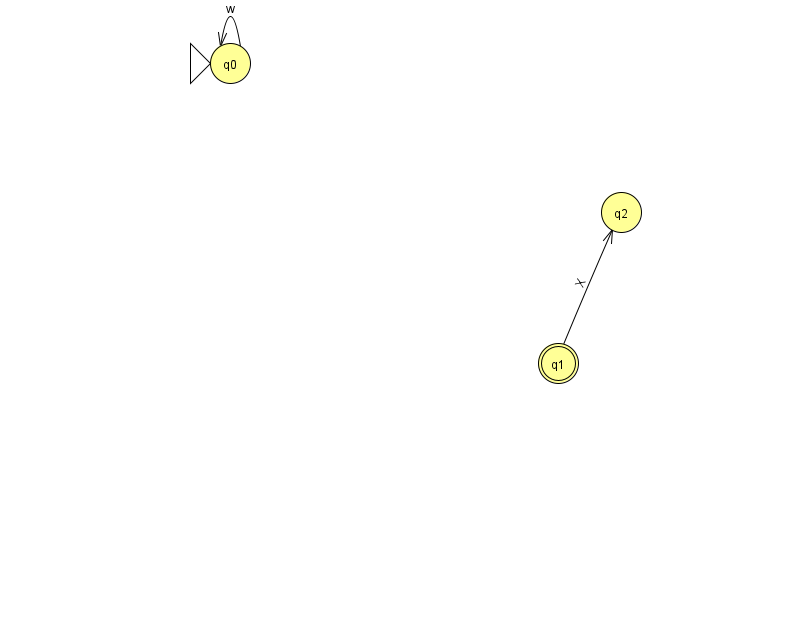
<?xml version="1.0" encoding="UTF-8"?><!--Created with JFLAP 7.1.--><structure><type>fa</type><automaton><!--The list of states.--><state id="0" name="q0"><x>230.0</x><y>50.0</y><initial/></state><state id="1" name="q1"><x>558.0</x><y>350.0</y><final/></state><state id="2" name="q2"><x>621.0</x><y>199.0</y></state><!--The list of transitions.--><transition><from>1</from><to>2</to><read>X</read></transition><transition><from>0</from><to>0</to><read>w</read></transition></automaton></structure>